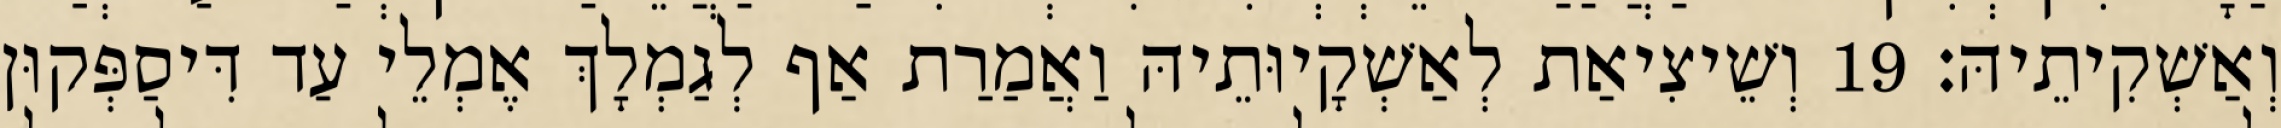
וְאַשְׁקִיתֵיהּ׃ 19 וְשֵׁיצִיאַת לְאַשְׁקָיוּתֵיהּ וַאֲמַרַת אַף לְגַמְלָךְ אֶמְלֵי עַד דִּיסַפְּקוּן